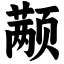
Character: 颟